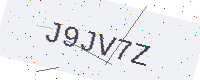
Text: J9JV7Z